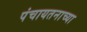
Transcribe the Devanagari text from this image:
पंचायतनाच्या